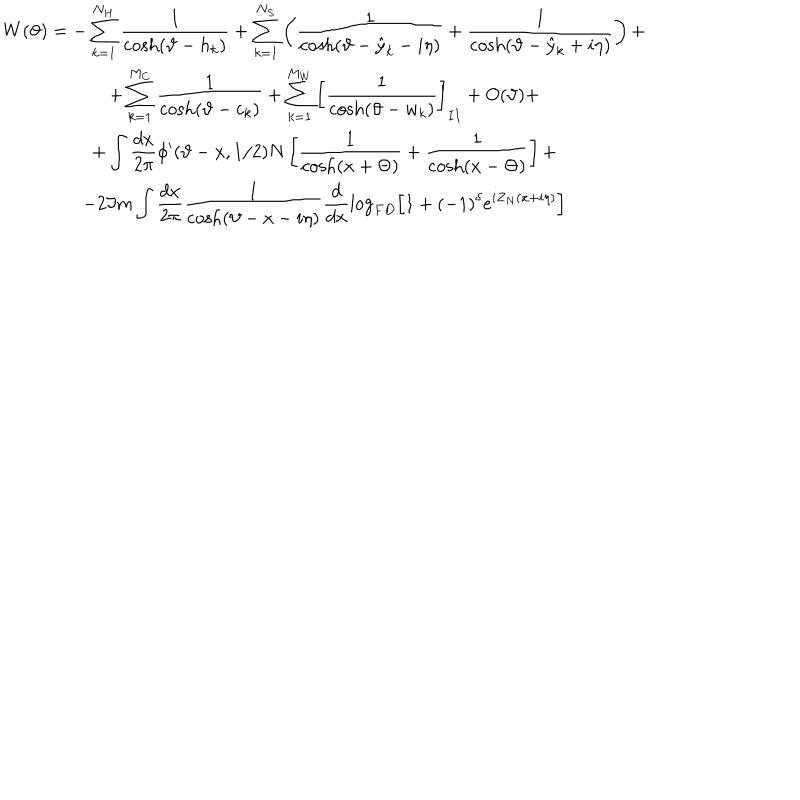
LaTeX: \begin{array} { c } { { \displaystyle W ( \vartheta ) = - \displaystyle \sum _ { k = 1 } ^ { N _ { H } } \displaystyle \frac { 1 } { \cosh ( \vartheta - h _ { k } ) } + \displaystyle \sum _ { k = 1 } ^ { N _ { S } } \left( \displaystyle \frac { 1 } { \cosh ( \vartheta - \hat { y } _ { k } - i \eta ) } + \displaystyle \frac { 1 } { \cosh ( \vartheta - \hat { y } _ { k } + i \eta ) } \right) + } } \\ { { + \displaystyle \sum _ { k = 1 } ^ { M _ { C } } \displaystyle \frac { 1 } { \cosh ( \vartheta - c _ { k } ) } + \displaystyle \sum _ { k = 1 } ^ { M _ { W } } \left[ \displaystyle \frac { 1 } { \cosh ( \vartheta - w _ { k } ) } \right] _ { I I } + O ( \vartheta ) + } } \\ { { + \displaystyle \int \displaystyle \frac { d x } { 2 \pi } \phi ^ { \prime } ( \vartheta - x , 1 / 2 ) N \left[ \displaystyle \frac { 1 } { \cosh ( x + \Theta ) } + \displaystyle \frac { 1 } { \cosh ( x - \Theta ) } \right] + } } \\ { { - 2 \Im m \displaystyle \int \displaystyle \frac { d x } { 2 \pi } \displaystyle \frac { 1 } { \cosh ( \vartheta - x - i \eta ) } \displaystyle \frac { d } { d x } \log _ { F D } \left[ 1 + ( - 1 ) ^ { \delta } e ^ { i Z _ { N } ( x + i \eta ) } \right] } } \\ \end{array}